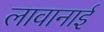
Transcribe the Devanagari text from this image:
लावानाई